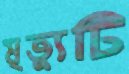
মৃত্যুটি